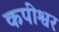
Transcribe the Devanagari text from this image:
कपीश्वर